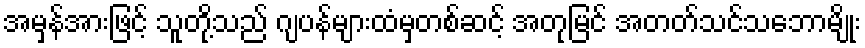
အမှန်အားဖြင့် သူတို့သည် ဂျပန်များထံမှတစ်ဆင့် အတုမြင် အတတ်သင်သဘောမျိုး